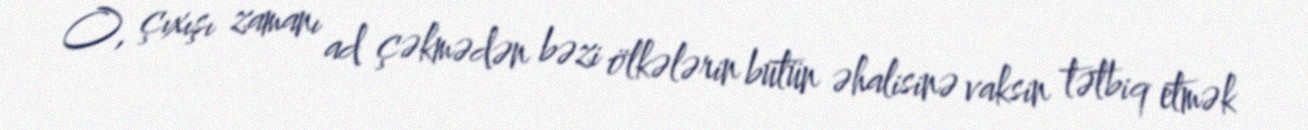
O, çıxışı zamanı ad çəkmədən bəzi ölkələrin bütün əhalisinə vaksin tətbiq etmək